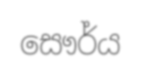
සෞර්ය